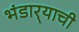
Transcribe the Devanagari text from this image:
भंडार्‍याची